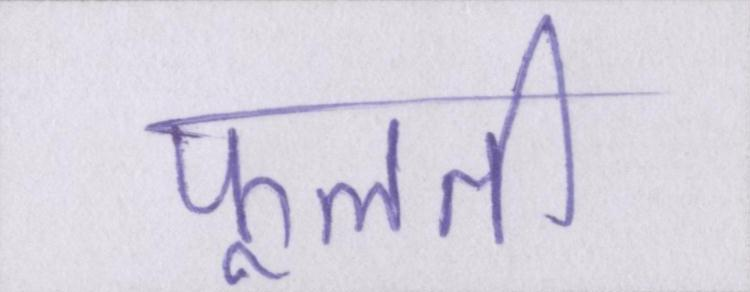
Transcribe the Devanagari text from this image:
फूलती